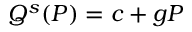
Q ^ { s } ( P ) = c + g P